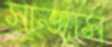
সাজাস